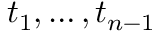
t _ { 1 } , \ldots , t _ { n - 1 }